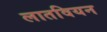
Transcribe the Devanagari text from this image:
लातवियन